Lunatic asylums Punjab 1868-1880 - 1868-1880
Year: 1868
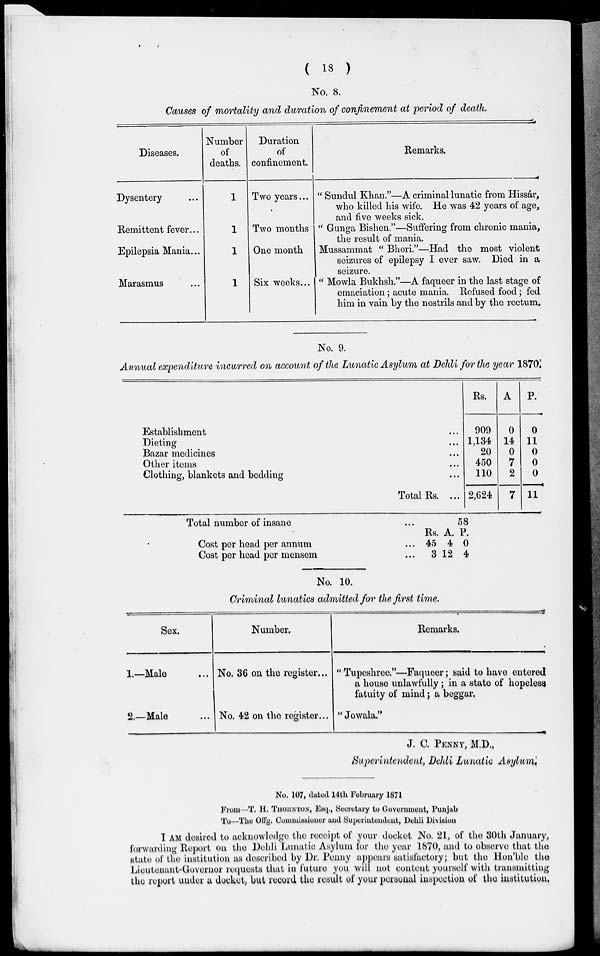
( 18 )
No. 8.
Causes of mortality and duration of confinement at period of death.
Diseases.
Dysentery...
Remittent fever...
Epilepsia Mania...
Marasmus...
Number
of
deaths.
1
1
1
1
Duration
of
confinement.
Two years...
Two months
One month
Six weeks...
Remarks.
" Sundul Khan."—A criminal lunatic from Hissár,
who killed his wife. He was 42 years of age,
and five weeks sick.
" Gunga Bishen."—Suffering from chronic mania,
the result of mania.
Mussammat " Bhori."—Had the most violent
seizures of epilepsy I ever saw. Died in a
seizure.
" Mowla Bukhsh."—A faqueer in the last stage of
emaciation; acute mania. Refused food; fed
him in vain by the nostrils and by the rectum.
No. 9.
Annual expenditure incurred on account of the Lunatic Asylum at Dehli for the year 1870.
Establishment ...
Dieting ...
Bazar medicines ...
Other items ...
Clothing, blankets and bedding ...
Total Rs. ...
Rs.
909
1,134
20
450
110
2,624
A
0
14
0
7
2
7
P.
0
11
0
0
0
11
Total number of insane...
Cost per head per annum...
Cost per head per mensem...
Rs.
45
3
A.
4
12
58
P.
0
4
No. 10.
Criminal lunatics admitted for the first time.
Sex.
1.—Male...
2.—Male...
Number.
No. 36 on the register...
No. 42 on the register...
Remarks.
" Tupeshree."—Faqueer; said to have entered
a house unlawfully ; in a state of hopeless
fatuity of mind; a beggar.
"Jowala."
J. C. PENNY, M.D.,
Superintendent, Dehli Lunatic Asylum.
No. 107, dated 14th February 1871
From—T. H. THORNTON, Esq., Secretary to Government, Punjab
To—The Offg. Commissioner and Superintendent, Dehli Division
I AM desired to acknowledge the receipt of your docket No. 21, of the 30th January,
forwarding Report on the Dehli Lunatic Asylum for the year 1870, and to observe that the
state of the institution as described by Dr. Penny appears satisfactory; but the Hon'ble the
Lieutenant-Governor requests that in future you will not content yourself with transmitting
the report under a docket, but record the result of your personal inspection of the institution.